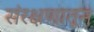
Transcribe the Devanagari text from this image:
संरक्षणातून